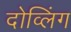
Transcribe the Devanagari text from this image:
दोव्लिंग